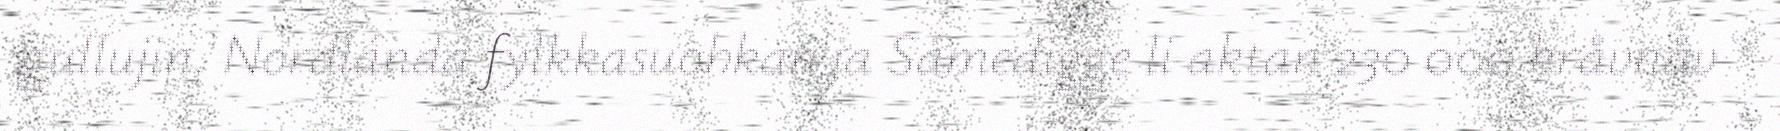
gullujin. Nordlánda fylkkasuohkan ja Sámedigge li aktan 230 000 kråvnåv